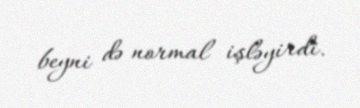
beyni də normal işləyirdi.